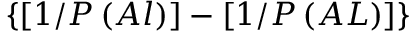
\{ [ 1 / P \left( A l \right) ] - [ 1 / P \left( A L \right) ] \}